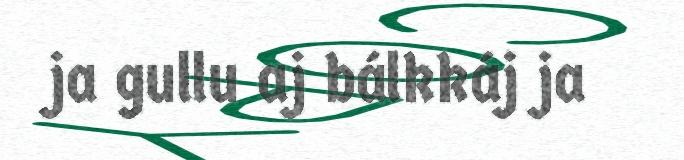
ja gullu aj bálkkáj ja